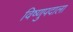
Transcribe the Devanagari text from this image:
विष्णुपदाला